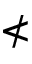
\nless